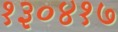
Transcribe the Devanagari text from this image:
१३०४१७